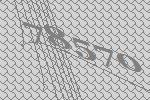
78570